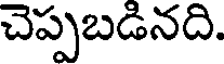
చెప్పబడినది.